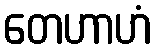
တေဟာဟံ